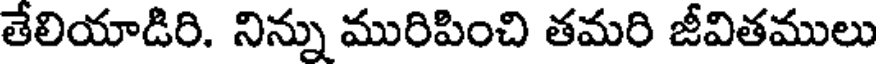
తేలియాడిరి. నిన్ను మురిపించి తమరి జీవితములు